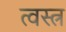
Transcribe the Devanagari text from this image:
त्वस्त्र